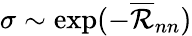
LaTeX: \sigma\sim\exp(-{\overline{{\mathcal{R}}}}_{nn})